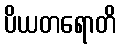
ပိယတရောတိ